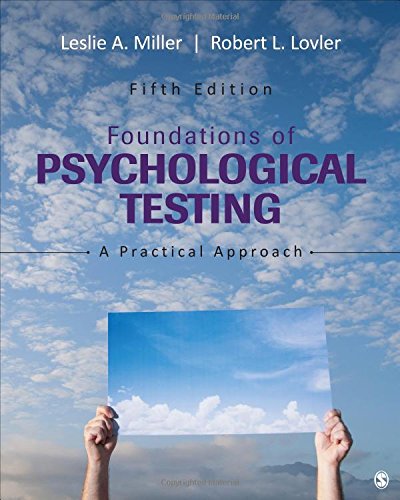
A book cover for Foundations of Psychological Testing: A Practical Approach; Leslie A. (Anne) Miller; Medical Books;